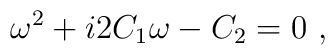
\omega^2 +i 2C_1 \omega    - C_2   = 0 \ ,